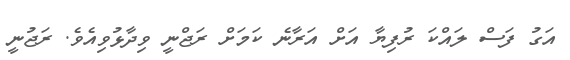
އަގު ފަސް ލައްކަ ރުފިޔާ އަށް އަރާނެ ކަމަށް ރަޖްނީ ވިދާޅުވިއެވެ. ރަޖުނީ